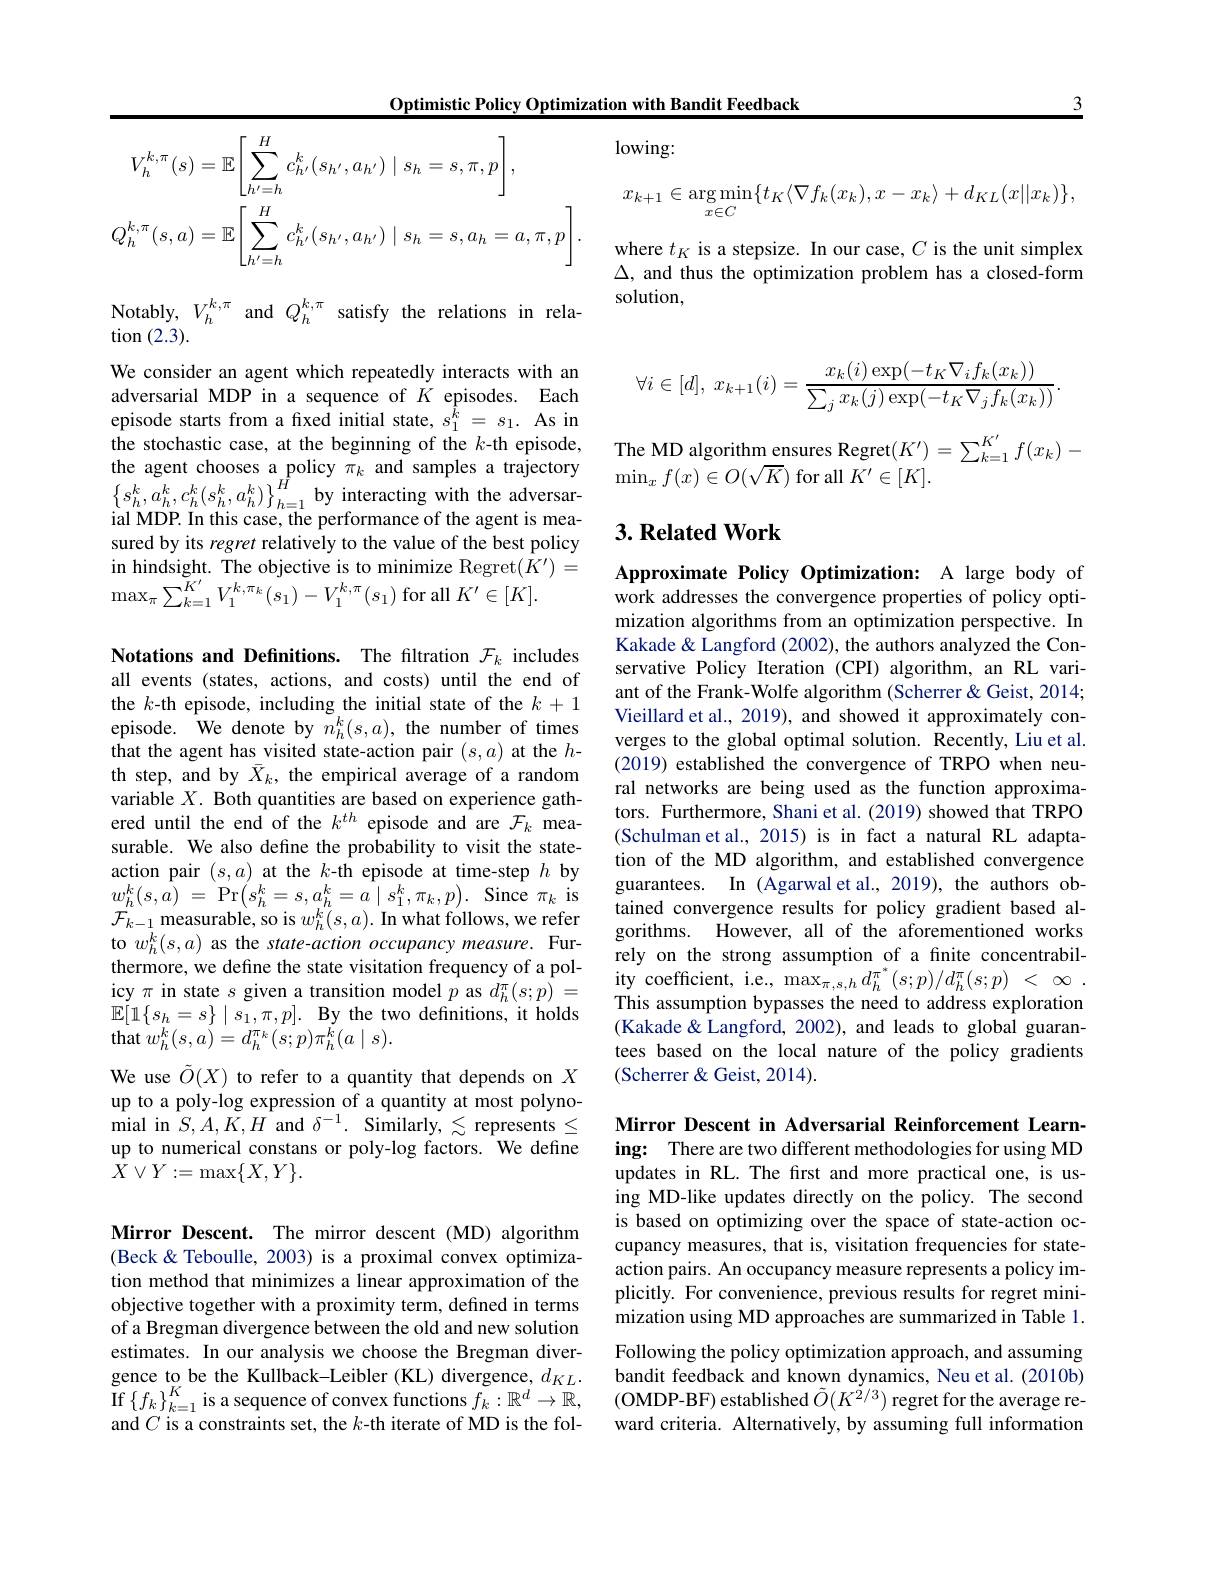
3

Optimistic Policy Optimization with Bandit Feedback

$\frac{1}{2}=\frac{1}{2}=\frac{1}{2}$

<table>
	<tbody>
		<tr>
			<td>$H$ $-k,\pi$ $(s)=\mathbb{E}$ $\frac{1}{2}$ $c_{1}^{k}$ $1,L,\prime$ $SL$ $:S.T.T$</td>
			<td>$lowing:$</td>
		</tr>
		<tr>
			<td>$H$</td>
			<td>$x_{k+1}\in\operatorname{arg}\operatorname*{min}\{t_{K}\langle\nabla f_{k}(x_{k}),x-x_{k}\rangle+d_{KL}(x\|x_{k})$ $x{\in}C$</td>
		</tr>
		<tr>
			<td>$c_{h^{\prime}}^k(s_{h^{\prime}},a_{h^{\prime}})\mid s_h=s,a_h=a,\pi$, $(s,a)=\mathbb{E}$ > $\lfloor h^{\prime}=h$</td>
			<td>where $t_{K}$ is a stepsize. In our case, $C$ is the unit simp $\Delta$, and thus the optimization problem has a closed-fo solutior</td>
		</tr>
	</tbody>
</table>

Notably, $V_{h}^{k,\pi}$ and $Q_{h}^{k,\pi}$ satisfy the relations in rela-

tion (2.3).
$$\forall i\in[d],\:x_{k+1}(i)=\frac{x_k(i)\exp(-t_K\nabla_if_k(x_k))}{\sum_jx_k(j)\exp(-t_K\nabla_jf_k(x_k))}.$$
The MD algorithm ensures Regret$(K^{\prime})=\sum_{k=1}^{K^{\prime}}f(x_k)-$
$\operatorname*{min}_xf(x)\in O(\sqrt{K})$ for all $K^\prime\in[K].$

We consider an agent which repeatedly interacts with an adversarial MDP in a sequence of $K$ episodes. Each episode starts from a frxed initial state, $s_1^{\hat{k}}=s_1.$ As in the stochastic case, at the beginning of the $k$-th episode, the agent chooses a policy $\pi_k$ and samples a trajectory $\left\{s_{h}^{k},a_{h}^{k},c_{h}^{k}(s_{h}^{k},a_{h}^{k})\right\}_{h=1}^{H}$by interacting with the adversarial MDP. In this case, the performance of the agent is measured by its regret relatively to the value of the best policy in hindsight. The objective is to minimize Regret$(K^{\prime})=$ $\operatorname*{max}_{\pi}\sum_{k=1}^{\tilde{K}^{\prime}}V_{1}^{k,\pi_{k}}(s_{1})-V_{1}^{k,\pi}(s_{1})$for all$K^\prime\in[K].$

## $3. \textbf{Related Work}$

Approximate Policy Optimization: A large body of work addresses the convergence properties of policy optimization algorithms from an optimization perspective. In Kakade & Langford (2002), the authors analyzed the Conservative Policy Iteration (CPI) algorithm, an RL variant of the Frank-Wolfe algorithm (Scherrer & Geist, 2014; Vieillard et al., 2019), and showed it approximately converges to the global optimal solution. Recently, Liu et al. (2019) established the convergence of TRPO when neural networks are being used as the function approximators. Furthermore, Shani et al. (2019) showed that TRPO (Schulman et al., 2015) is in fact a natural RL adaptation of the MD algorithm, and established convergence guarantees. In (Agarwal et al., 2019), the authors obtained convergence results for policy gradient based algorithms. However, all of the aforementioned works rely on the strong assumption of a finite concentrability coefficient, i.e., $\max_{\pi,s,h}d_{h}^{\pi^*}(s;p)/d_{h}^{\pi}(s;p)~<~\infty~.$ This assumption bypasses the need to address exploration (Kakade& Langford, 2002), and leads to global guarantees based on the local nature of the policy gradients (Scherrer & Geist, 2014).

Notations and Definitions. The filtration $\mathcal{F}_k$ includes all events (states, actions, and costs) until the end of the $k$-th episode, including the initial state of the $k+1$ episode. We denote by $n_h^k(s,a)$, the number of times that the agent has visited state-action pair $(s,a)$ at the $h$- th step, and by $\bar{X}_k$, the empirical average of a random variable $X.$ Both quantities are based on experience gathered until the end of the $k^{th}$ episode and are $\mathcal{F}_k$ measurable. We also define the probability to visit the stateaction pair $(s,a)$ at the $k$-th episode at time-step $h$ by $w_{h}^{k}( s, \hat{a} )$ = Pr$\left ( s_{h}^{k}= s, a_{h}^{k}= a$ | $s_{1}^{k}, \pi _{k}, p\right ) .$ Since $\pi _{k}$ is $\mathcal{F}_{k-1}$ measurable, so is $w_h^k( s, a) . \textbf{In what follows, we refer}$ to $w_h^k(s,a)$ as the state-action occupancy measure. Furthermore, we define the state visitation frequency of a policy $\pi$ in state $s$ given a transition model $p$ as $d_h^{\pi}(s;p)=$ $\mathbb{E} [ 1\{ s_{h}= s\} \mid s_{1}, \pi , p] . \textbf{By the two definitions, it holds}$ $\mathop{\mathrm{that~}}w_{h}^{k}(s,a)=d_{h}^{\pi_{k}}(s;p)\pi_{h}^{\dot{k}}(a\mid s).$
We use $\tilde{O}(X)$ to refer to a quantity that depends on $X$

up to a poly-log expression of a quantity at most polynomial in $S,A,K,H$ and $\delta^{-1}.$ Similarly, $\lesssim$ represents $\leq$ up to numerical constans or poly-log factors. We define $X\lor Y:=\max\{X,Y\}.$

Mirror Descent in Adversarial Reinforcement Learning: There are two different methodologies for using MD updates in RL. The fırst and more practical one, is using MD-like updates directly on the policy. The second is based on optimizing over the space of state-action occupancy measures, that is, visitation frequencies for stateaction pairs. An occupancy measure represents a policy implicitly. For convenience, previous results for regret minimization using MD approaches are summarized in Table 1. Following the policy optimization approach, and assuming
gence to be the Kullback-Leibler (KL) divergence, $d_{KL}.$ bandit feedback and known dynamics, Neu et al. (2010b)If $\{f_k\}_{k=1}^K$ is a sequence of convex functions $f_k: \mathbb{R} ^d\to \mathbb{R} $, (OMDP-BF) established $\tilde{O}(K^{2/3})$ regret for the average re-
ward criteria. Alternatively, by assuming full information

Mirror Descent. The mirror descent (MD) algorithm (Beck & Teboulle, 2003) is a proximal convex optimization method that minimizes a linear approximation of the objective together with a proximity term, defined in terms of a Bregman divergence between the old and new solution estimates. In our analysis we choose the Bregman diverand $C$ is a constraints set, the $k$-th iterate of MD is the fol-